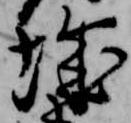
城